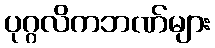
ပုဂ္ဂလိကဘဏ်များ